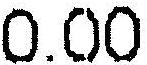
0.00